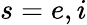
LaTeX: s=e,i